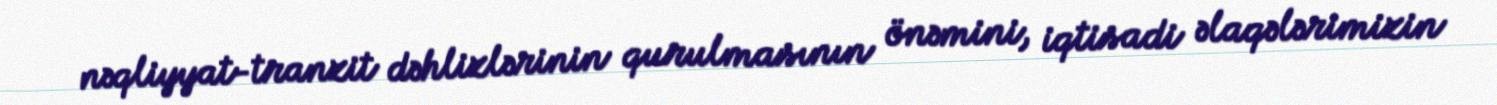
nəqliyyat-tranzit dəhlizlərinin qurulmasının önəmini, iqtisadi əlaqələrimizin